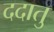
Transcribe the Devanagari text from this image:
ददातु